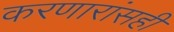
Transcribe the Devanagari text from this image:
करणारांसही